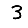
Digit: 3